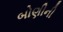
બોણીની